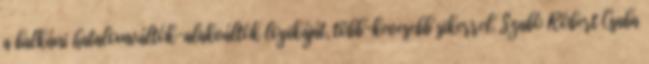
a balkáni hatalomváltók-alakváltók logikáját, több-kevesebb sikerrel. Szabó Róbert Csaba